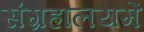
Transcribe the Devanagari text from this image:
संग्रहालयमें